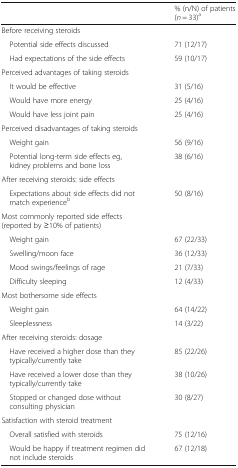
<table><thead><tr><td></td><td><b>% (n/N) of patients (<i>n</i> = 33)<sup>a</sup></b></td></tr></thead><tbody><tr><td colspan="2">Before receiving steroids</td></tr><tr><td> Potential side effects discussed</td><td>71 (12/17)</td></tr><tr><td> Had expectations of the side effects</td><td>59 (10/17)</td></tr><tr><td colspan="2">Perceived advantages of taking steroids</td></tr><tr><td> It would be effective</td><td>31 (5/16)</td></tr><tr><td> Would have more energy</td><td>25 (4/16)</td></tr><tr><td> Would have less joint pain</td><td>25 (4/16)</td></tr><tr><td colspan="2">Perceived disadvantages of taking steroids</td></tr><tr><td> Weight gain</td><td>56 (9/16)</td></tr><tr><td> Potential long-term side effects eg, kidney problems and bone loss</td><td>38 (6/16)</td></tr><tr><td colspan="2">After receiving steroids: side effects</td></tr><tr><td> Expectations about side effects did not match experience<sup>b</sup></td><td>50 (8/16)</td></tr><tr><td colspan="2">Most commonly reported side effects (reported by ≥10% of patients)</td></tr><tr><td> Weight gain</td><td>67 (22/33)</td></tr><tr><td> Swelling/moon face</td><td>36 (12/33)</td></tr><tr><td> Mood swings/feelings of rage</td><td>21 (7/33)</td></tr><tr><td> Difficulty sleeping</td><td>12 (4/33)</td></tr><tr><td colspan="2">Most bothersome side effects</td></tr><tr><td> Weight gain</td><td>64 (14/22)</td></tr><tr><td> Sleeplessness</td><td>14 (3/22)</td></tr><tr><td colspan="2">After receiving steroids: dosage</td></tr><tr><td> Have received a higher dose than they typically/currently take</td><td>85 (22/26)</td></tr><tr><td> Have received a lower dose than they typically/currently take</td><td>38 (10/26)</td></tr><tr><td> Stopped or changed dose without consulting physician</td><td>30 (8/27)</td></tr><tr><td colspan="2">Satisfaction with steroid treatment</td></tr><tr><td> Overall satisfied with steroids</td><td>75 (12/16)</td></tr><tr><td> Would be happy if treatment regimen did not include steroids</td><td>67 (12/18)</td></tr></tbody></table>